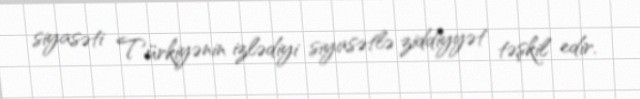
siyasəti Türkiyənin izlədiyi siyasətlə ziddiyyət təşkil edir.